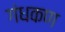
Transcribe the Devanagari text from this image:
गंधकण